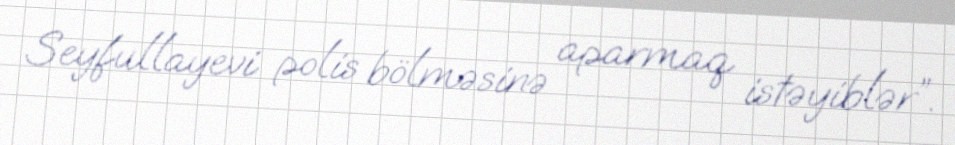
Seyfullayevi polis bölməsinə aparmaq istəyiblər”.